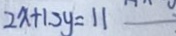
2 x + 1 3 y = 1 1